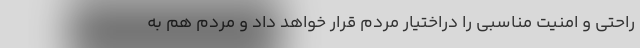
راحتی و امنیت مناسبی را دراختیار مردم قرار خواهد داد و مردم هم به